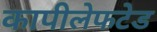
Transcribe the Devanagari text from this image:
कापीलेफटेड